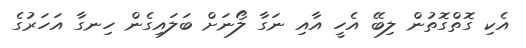
އެކި ގޮތްގޮތުން ލިބޭ އެހީ އާއި ނަގާ ލޯނަށް ބަލައިގެން ހިނގާ އަހަރުގެ